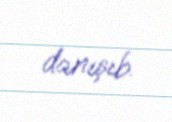
danışıb.